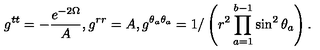
g ^ { t t } = - \frac { e ^ { - 2 \Omega } } { A } , g ^ { r r } = A , g ^ { \theta _ { a } \theta _ { a } } = 1 / \left( r ^ { 2 } \prod _ { a = 1 } ^ { b - 1 } \sin ^ { 2 } \theta _ { a } \right) .